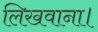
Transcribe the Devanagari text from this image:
लिखवाना।